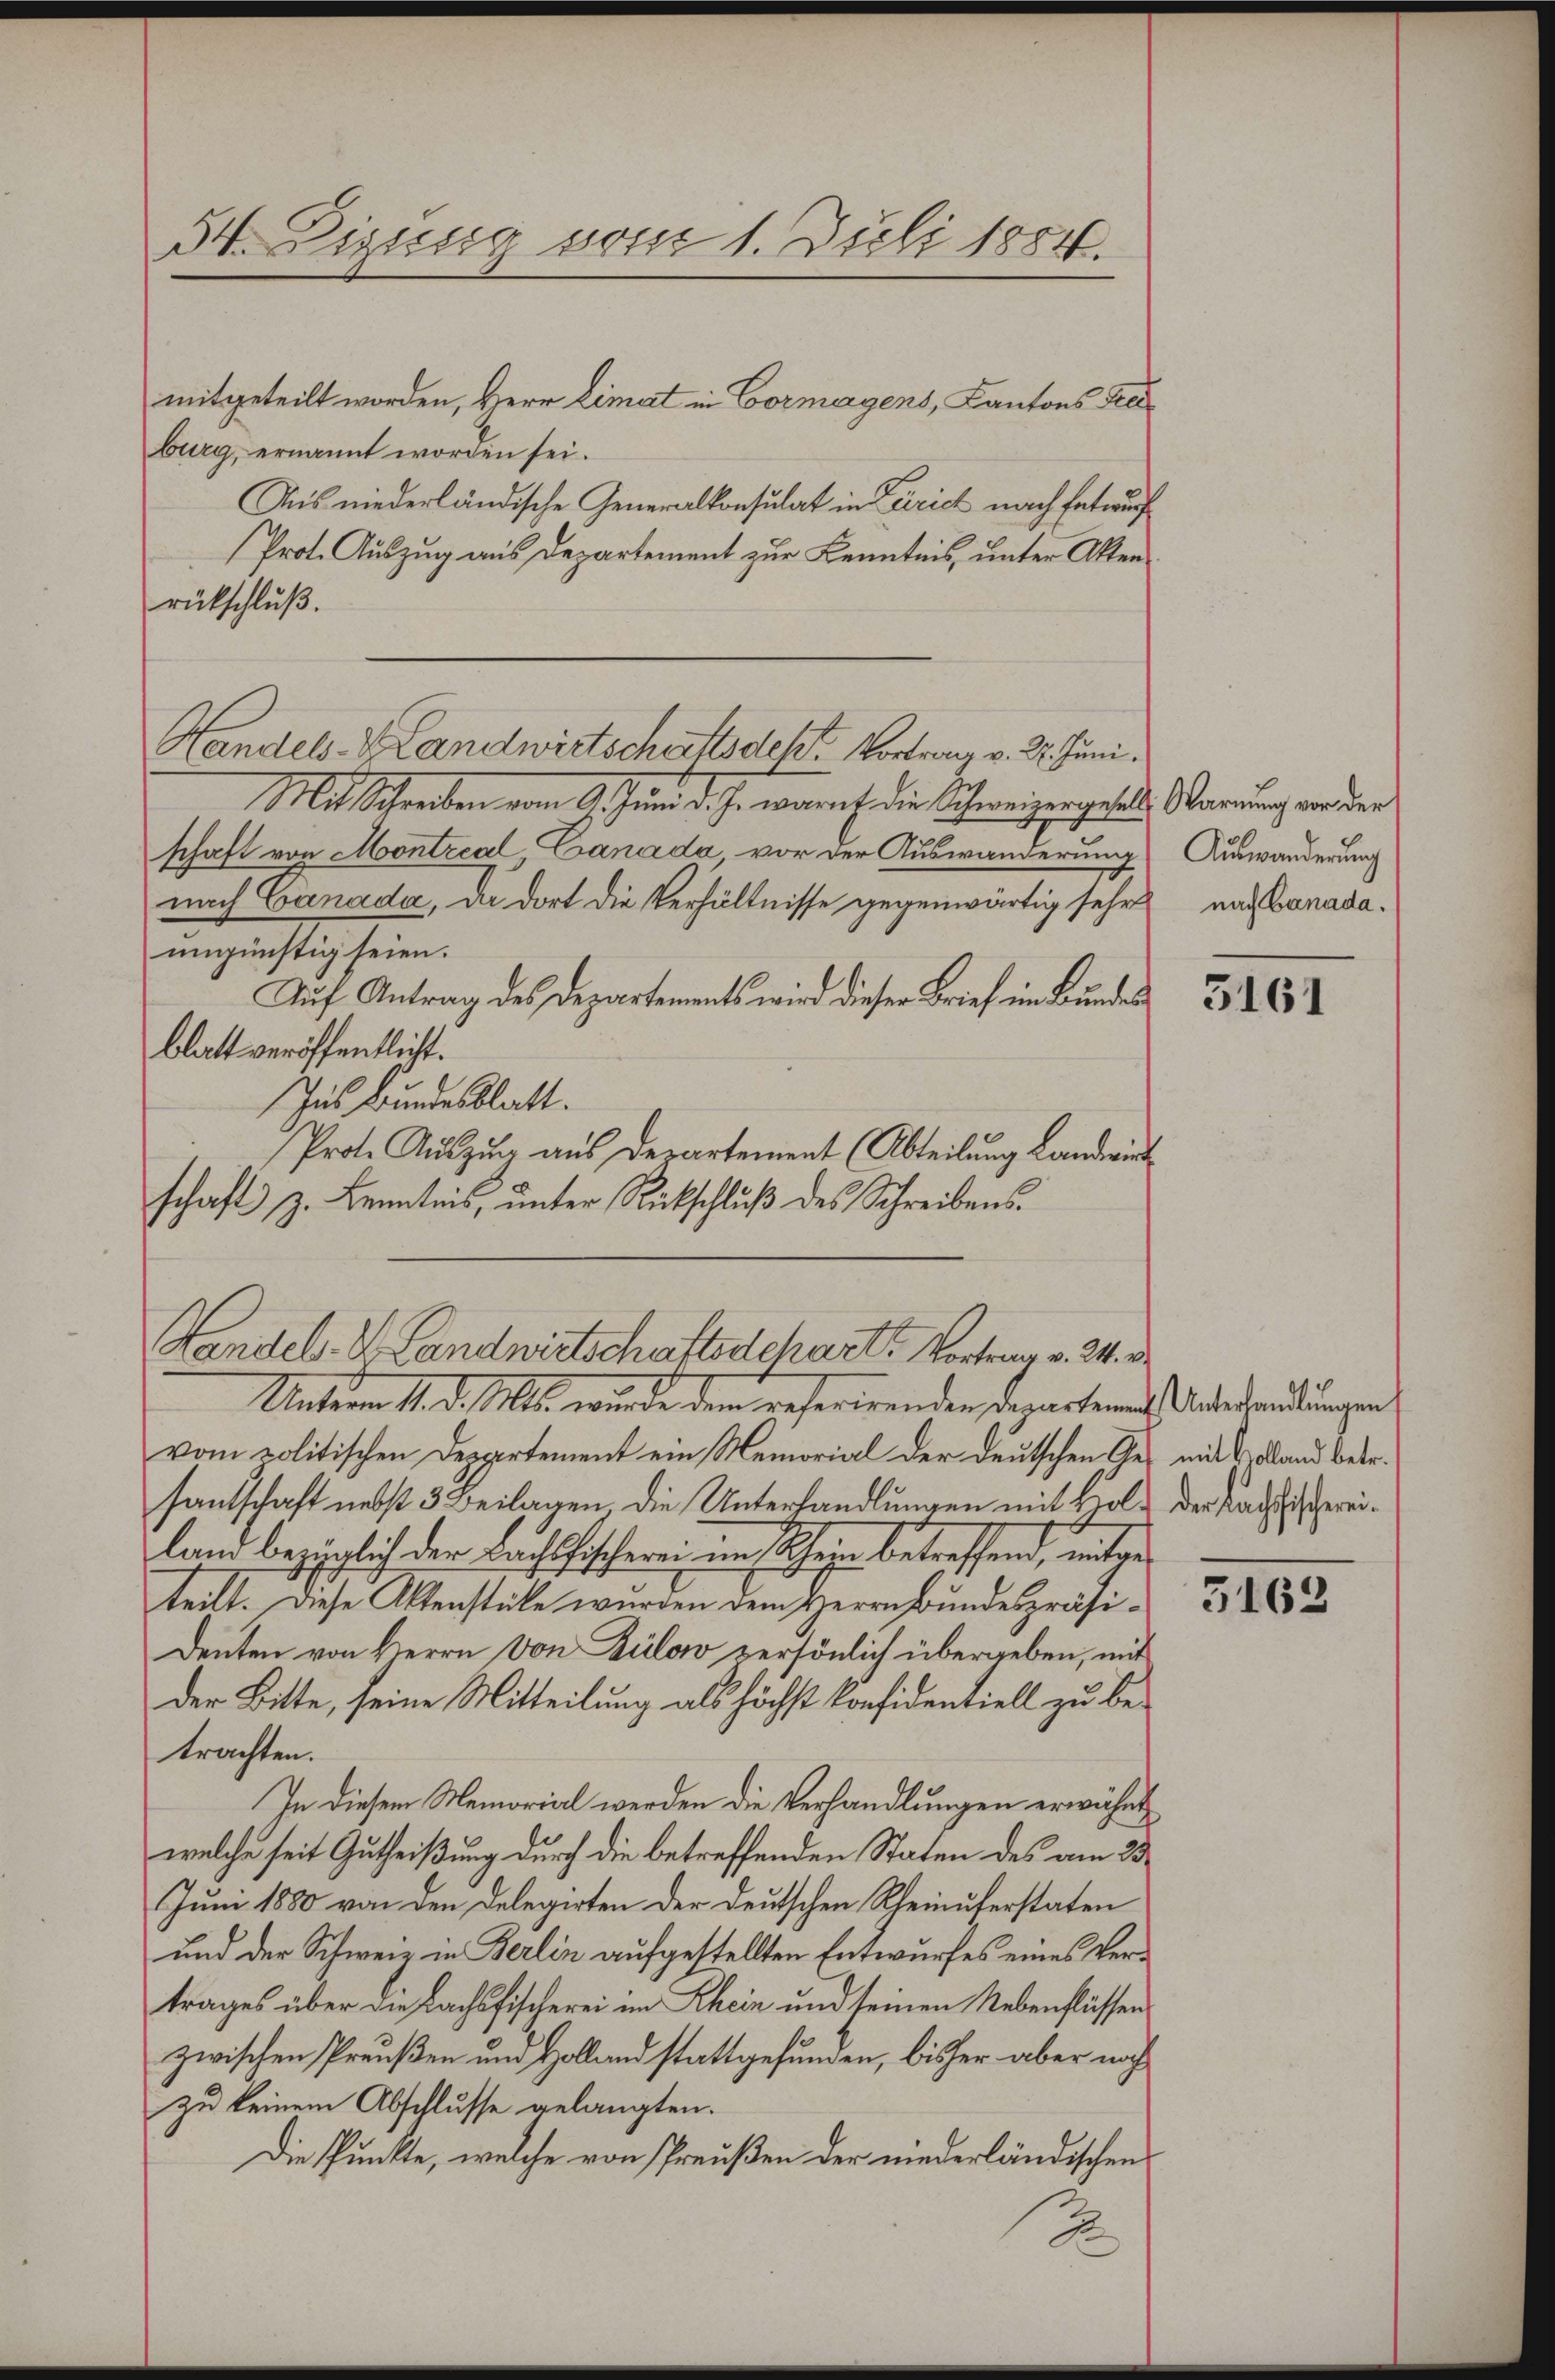
54. Dizusig vom 1. Juli 1854.

mitgeteilt worden, Herr Limat in Cormagens, Kantons Reburg, ernannt worden sei.
Ais niederländische Generalkonsulat in Zürich nach Entwurf
Prot. Auszug aus Departement zur Kenntnis, unter Aktenrütschluß.
Mit Schreiben vom 9. Juni d. J. warnt die Schweizergehet, Warnung von der
schaft von Montreal Canada, vor der Auswanderung Auswanderung
nach Canada, da dort die Verhältnisse gegenwärtig sehr nach Banadaungünstig seien.
Auf Antrag des Departements wird dieser Brief im Bundes
blatt veröffentlicht.
Zus Bundesblatt.
Prot. Aŭszŭg aŭs derartement (Abteilung Landwirt
schaft z. Kenntnis, unter Rückschluß des Schreibens¬

Handels- & Landwirtschaftsdek, Vortrag v. 27. Juni.

Handels-V. Landwirtschaftsschart Vortrag v. 24. v.

Unterm 11. d. Ms. wurde dem referirenden denartenach Andersendungen
vom politischen Departement ein Memorial der deutschen Ge- mit land betr.
santschaft nebst 3 Beilagen die Unterhandlungen mit Holz der Radessereiland bezüglich der Bachsischeren im Rhein betreffend, mit der
teilt. Diese Aktenstüke wurden dem Herrn Bundespräsidenten von Herrn von Bilow persönlich übergeben, mit
der Bitte, seine Mitteilung als höchst konfidentiell zu betrachten.
In diesem Memorial werden die Verhandlungen erwähnt
welche seit Gutheißung durch die betreffenden Staten des am 23.
Juni 1880 von den Delegirten der deutschen Rheinuferstaten
und der Schweiz in Berlin aufgestellten Entwurfes eines Vertrages über die Lachsfischerei im Rhein und seinen Nebenflüssen
zwischen Preußen und Holland stattgefunden, bisher aber nach
zu keinem Abschlusse gelangten.
Die Punkte, welche von Preußen der niederländischens
2

3161

3163